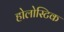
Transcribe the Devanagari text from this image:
होलोस्टिक